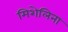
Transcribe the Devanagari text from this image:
मिशेलिना